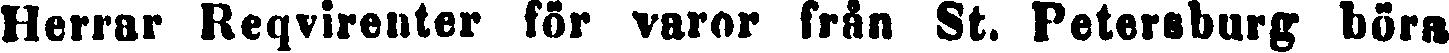
Herrar Reqvirenter för varor från St. Petersburg böra